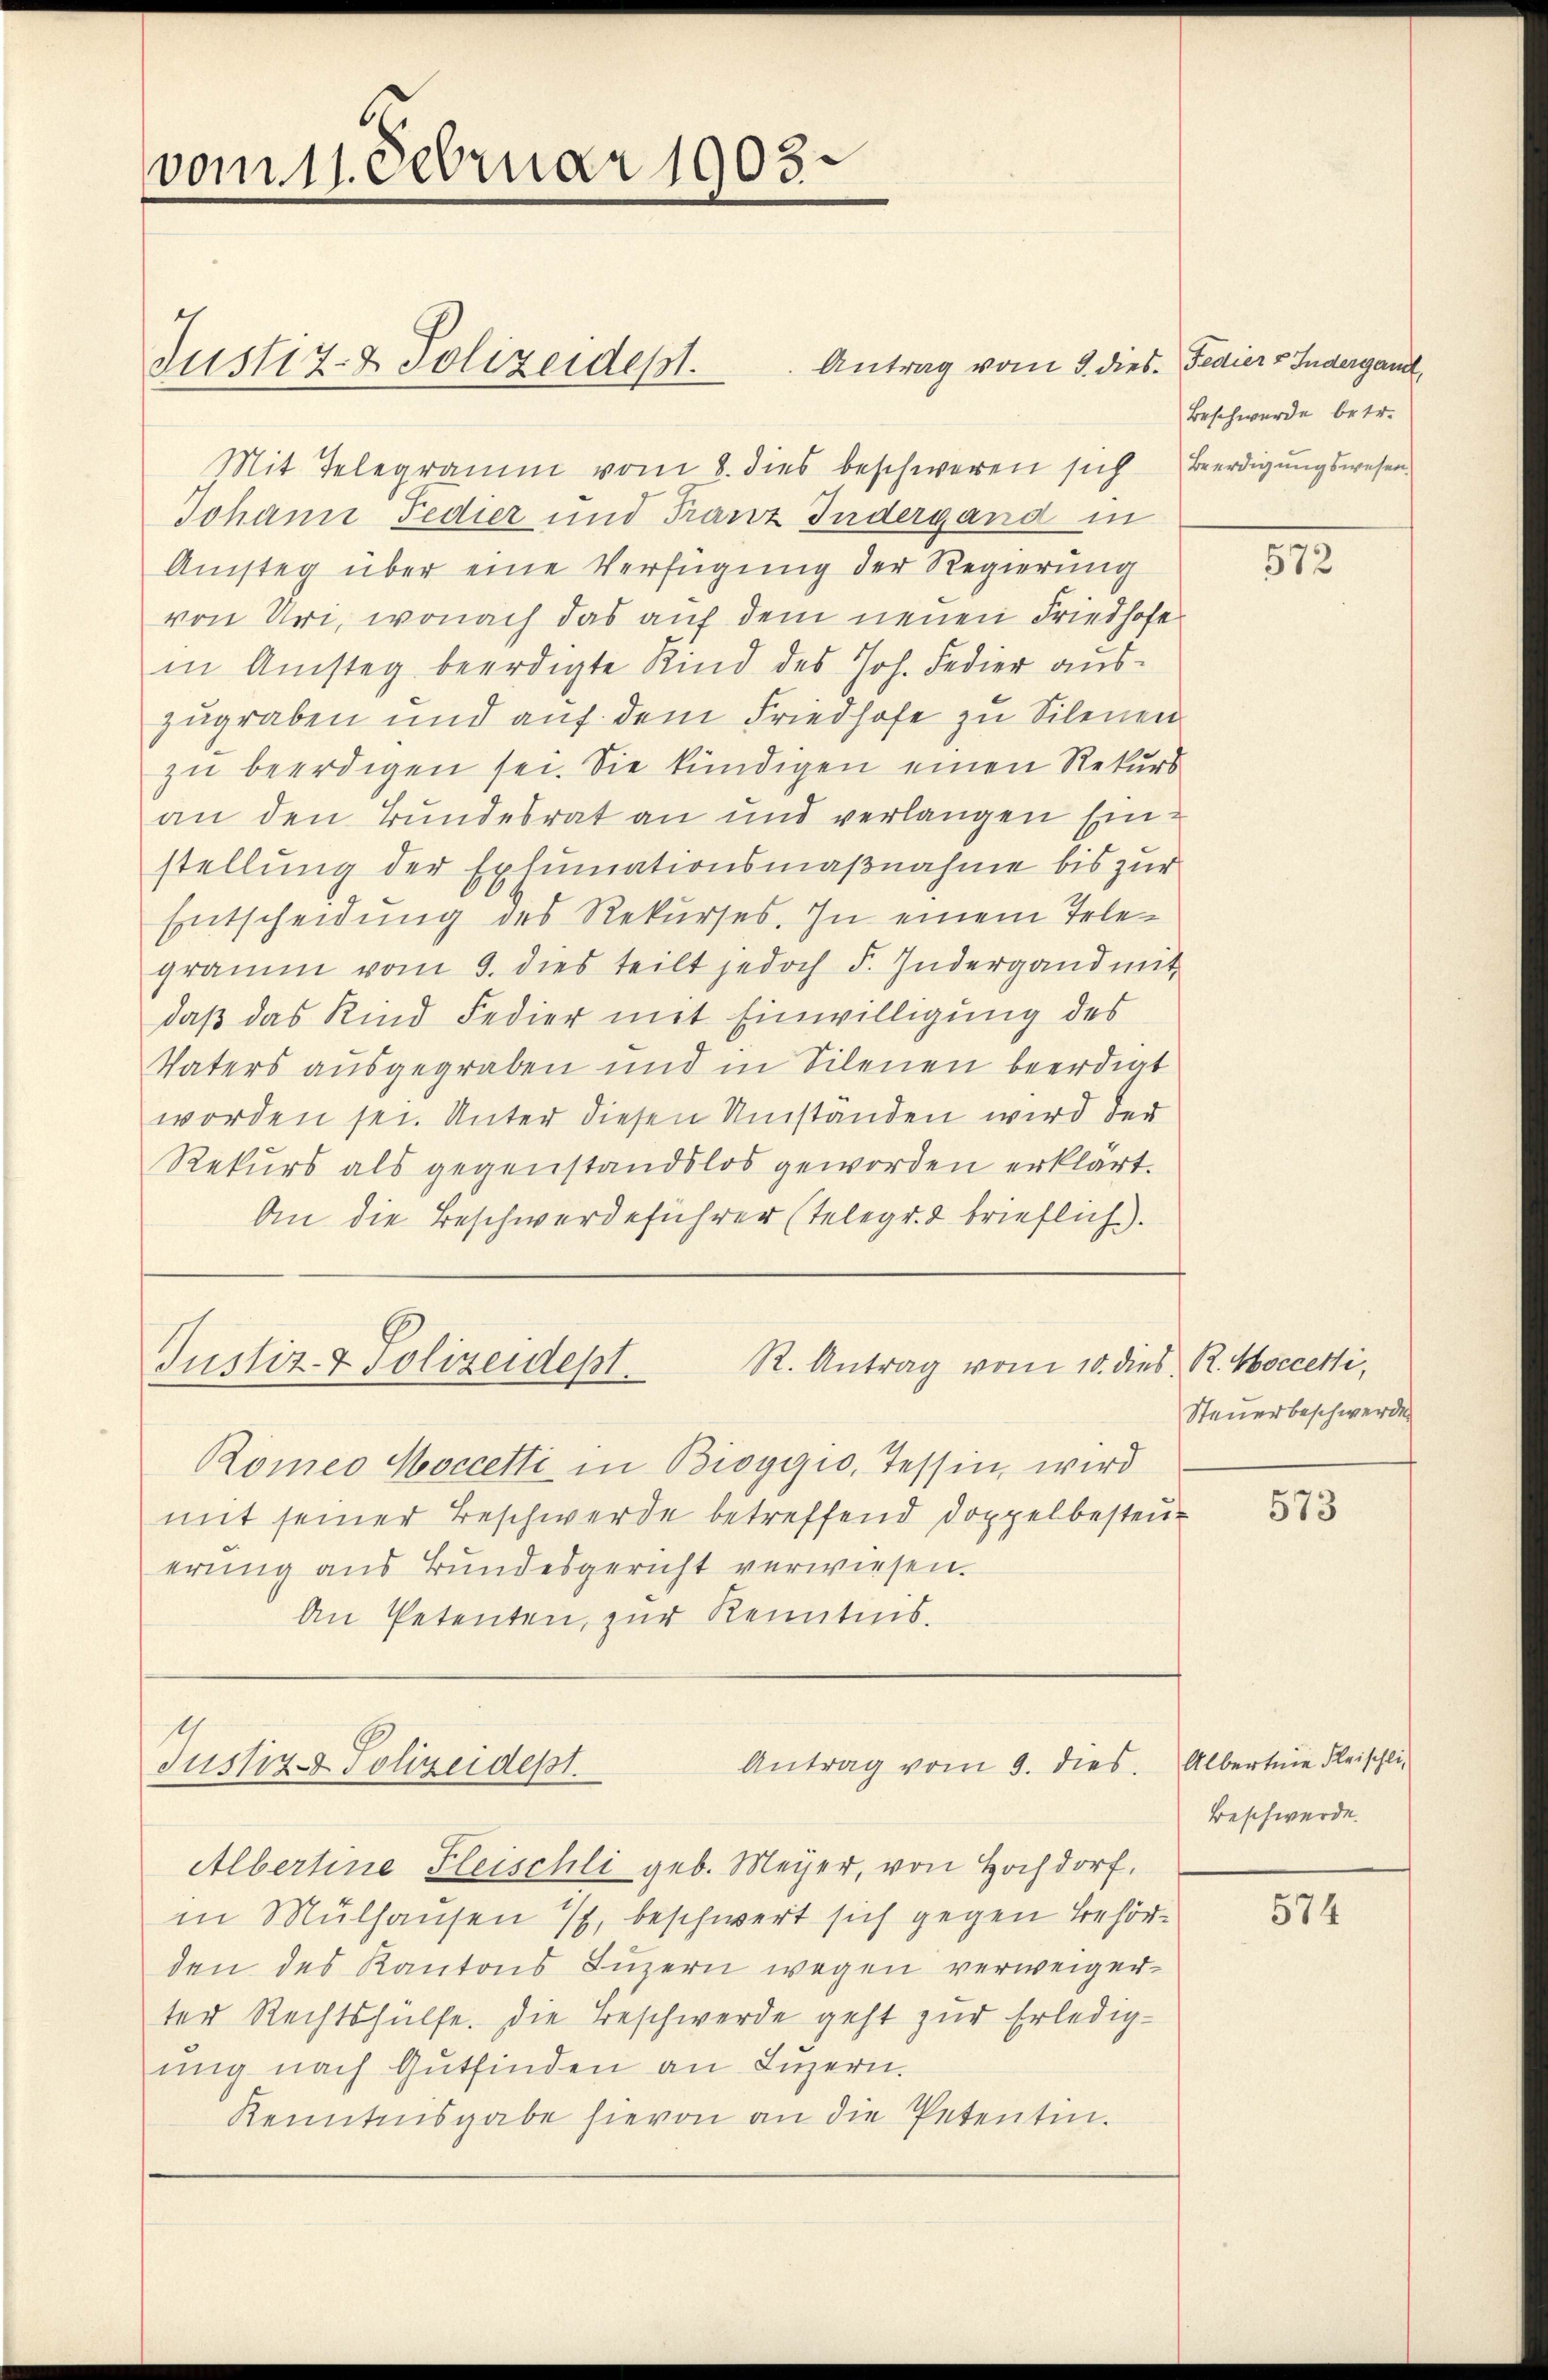
vom 11. Februar 1903.

Justiz- & Polizeidept.

Mit Telegramm vom 8. dies beschweren sich Beerdigungswesen.
Johann Fedier und Franz Indergand in
Amsteg über eine Verfügung der Regierung
von Uri, wonach das auf dem neuen Friedhofe
in Amsteg beerdigte Kind des Joh. Fedier auszugraben und auf dem Friedhofe zu Silenen
zu beerdigen sei. Sie kündigen einen Rekurs
an den Bundesrat an und verlangen Ein-
stellung der Exhumationsmaßnahme bis zur
Entscheidung des Rekurses. In einem Telegramm vom 9. dies teilt jedoch F. Indergand mit
daß das Kind Fedier mit Einwilligung des
Vaters ausgegraben und in Silenen beerdiet
worden sei. Unter diesen Umständen wird der
Rekurs als gegenstandslos geworden erklärt.
An die Beschwerdeführer (Telegr. 2 brieflich).

Antrag vom 3. dies. Fedier v. Indergand,

Romeo Hoccetti in Bioggio, Tessin, wird
mit seiner Beschwerde betreffend Doppelbesteuerŭng aus Bundesgericht verwiesen.
An Petenten, zur Kenntnis.

R. Antrag vom 10. dies R. Moccetti,
Justiz- & Polizeidept.

Antrag vom 9. dies
Justiz- & Polizeidept.

Albertine Fleischli geb. Meyer, von Hochdorf,
in Mülhausen 7, beschwert sich gegen Behörden des Kantons Luzern wegen verweigerter Rechtshülfe. Die Beschwerde geht zur Erledigung nach Gutfinden an Luzern.
Kenntnisgabe hievon an die Petentin.

Beschwerde betr.

572

Steuerbeschwerden

573

Albertrie Fleischli
Beschwerde.

574